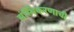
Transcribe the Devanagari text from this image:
संस्थिकरणाची